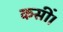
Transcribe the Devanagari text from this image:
कसीं।